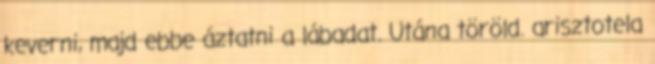
keverni, majd ebbe áztatni a lábadat. Utána töröld. arisztotela